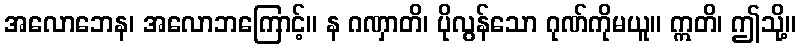
အလောဘေန၊ အလောဘကြောင့်။ န ဂဏှာတိ၊ ပိုလွန်သော ဂုဏ်ကိုမယူ။ ဣတိ၊ ဤသို့။